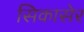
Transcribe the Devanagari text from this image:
सिकासेर